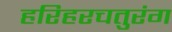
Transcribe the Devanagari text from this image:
हरिहरचतुरंग